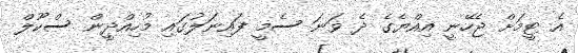
އެ ޓީމަށް ޖެހޭނީ އިއްޔެގެ ދެ ވަނަ ސެމީ ފައިނަލުގައި މުހިއްދީން ސްކޫލް